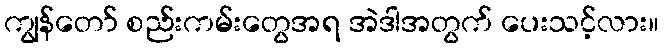
ကျွန်တော် စည်းကမ်းတွေအရ အဲဒါအတွက် ပေးသင့်လား။